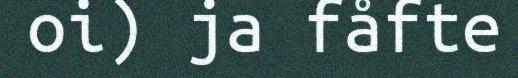
oi) ja fåfte